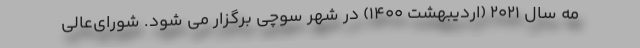
مه سال ۲۰۲۱ (اردیبهشت ۱۴۰۰) در شهر سوچی برگزار می شود. شورای‌عالی